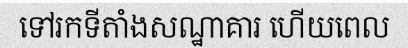
ទៅរកទីតាំងសណ្ឋាគារ ហើយពេល